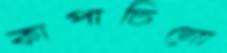
কাপাচিনো